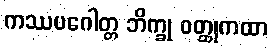
ကဿပဂေါတ္တ ဘိက္ခု ဝတ္ထုကထာ